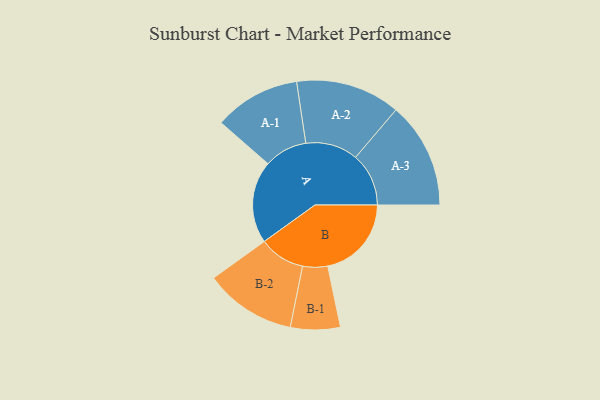
{"axis": {"x": "Segment", "y": "Value"}, "legend": ["", "A", "B"], "data": [{"x": "A", "y": 420, "type": ""}, {"x": "B", "y": 427, "type": ""}, {"x": "A-1", "y": 220, "type": "A"}, {"x": "A-2", "y": 267, "type": "A"}, {"x": "A-3", "y": 271, "type": "A"}, {"x": "B-1", "y": 127, "type": "B"}, {"x": "B-2", "y": 234, "type": "B"}]}